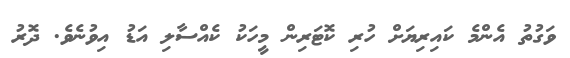
ވަގުތު އެންމެ ކައިރިޔަށް ހުރި ކޮޓަރިން މީހަކު ކެއްސާލި އަޑު އިވުނެވެ. ދޮރު